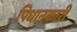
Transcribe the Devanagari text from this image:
पिधानकारी